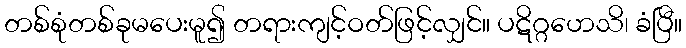
တစ်စုံတစ်ခုမပေးမူ၍ တရားကျင့်ဝတ်ဖြင့်လျှင်။ ပဋိဂ္ဂဟေသိ၊ ခံပြီ။